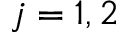
j = 1 , 2